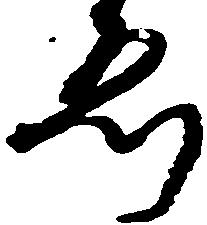
ゑ